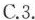
C.3.